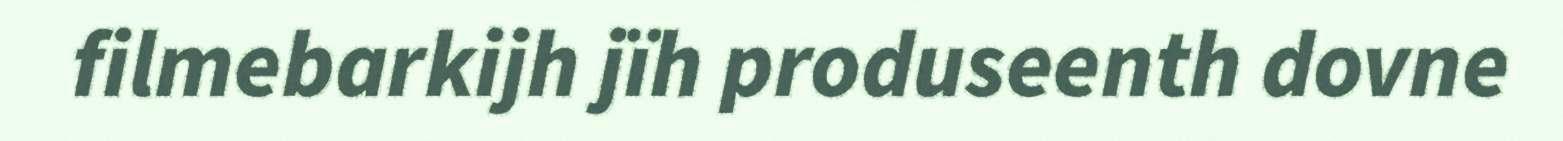
filmebarkijh jïh produseenth dovne